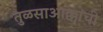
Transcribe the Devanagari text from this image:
तुळसाआक्कांची